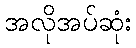
အလိုအပ်ဆုံး